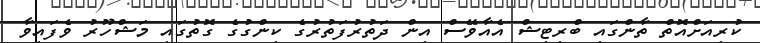
ކުރިއަށްއޮތް ތާންގައި ބްރިޓިޝް އެއާވޭސް އިން ދަތުރުފަތުރުގެ ކިންގުގެ ގޮތުގައި މަޝްހޫރު ވެފައިވާ